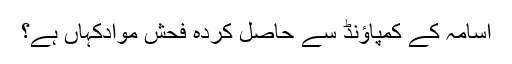
اسامہ کے کمپاؤنڈ سے حاصل کردہ فحش موادکہاں ہے؟